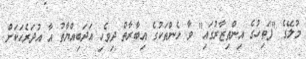
މުލޭގެ "ފަތިހުގެ އިންތިޒާރުގައި" ވާ ޅެންތަކުގެ އިބާރާތް ދިވެހި އަދަބިއްޔާތު އާ އުދަރެހަކަށް